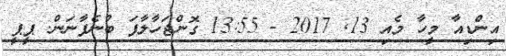
އިންޑިއާ މީހާ މެއި 13